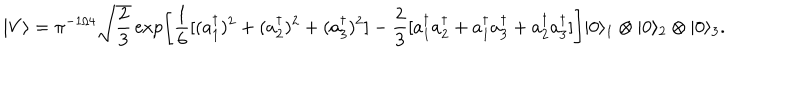
\vert V \rangle = \pi ^ { - 1 / 4 } \sqrt { \frac { 2 } { 3 } } \exp \Biggl [ { \frac { 1 } { 6 } } [ ( a _ { 1 } ^ { \dagger } ) ^ { 2 } + ( a _ { 2 } ^ { \dagger } ) ^ { 2 } + ( a _ { 3 } ^ { \dagger } ) ^ { 2 } ] - { \frac { 2 } { 3 } } [ a _ { 1 } ^ { \dagger } a _ { 2 } ^ { \dagger } + a _ { 1 } ^ { \dagger } a _ { 3 } ^ { \dagger } + a _ { 2 } ^ { \dagger } a _ { 3 } ^ { \dagger } ] \Biggr ] \vert 0 \rangle _ { 1 } \otimes \vert 0 \rangle _ { 2 } \otimes \vert 0 \rangle _ { 3 } .